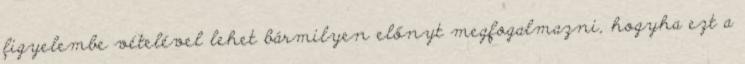
figyelembe vételével lehet bármilyen előnyt megfogalmazni, hogyha ezt a